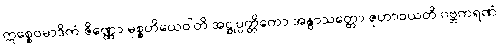
ဣစ္စေဝမာဒိကံ ဇိဏ္ဏော မုစ္စတိယေဝါတိ အဋ္ဌုပ္ပတ္တိကော အနွာသတ္တော ဇုဟာဝယတိ ဂဗ္ဘကရဏံ